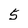
Character: 5